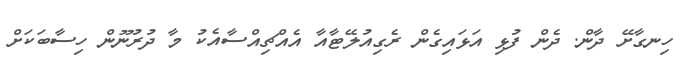
ހިނގާށޭ ދާން. ދެން ފުޅި އަޅައިގެން ރެގިއުލޭޓާއާ އެއްޗިއްސާއެކު މާ ދުރުނޫން ހިސާބަކަށް